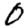
Digit: 0